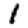
Digit: 1